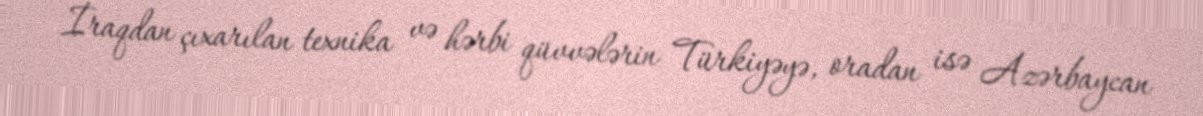
İraqdan çıxarılan texnika və hərbi qüvvələrin Türkiyəyə, oradan isə Azərbaycan